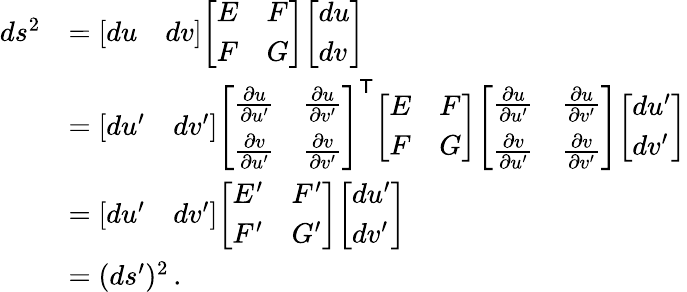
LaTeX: {\begin{array}{rl}{ds^{2}}&{={\left[\begin{array}{ll}{du}&{dv}\end{array}\right]}{\left[\begin{array}{ll}{E}&{F}\\ {F}&{G}\end{array}\right]}{\left[\begin{array}{l}{du}\\ {dv}\end{array}\right]}}\\ &{={\left[\begin{array}{ll}{du^{\prime}}&{dv^{\prime}}\end{array}\right]}{\left[\begin{array}{ll}{{\frac{\partial u}{\partial u^{\prime}}}}&{{\frac{\partial u}{\partial v^{\prime}}}}\\ {{\frac{\partial v}{\partial u^{\prime}}}}&{{\frac{\partial v}{\partial v^{\prime}}}}\end{array}\right]}^{\mathsf{T}}{\left[\begin{array}{ll}{E}&{F}\\ {F}&{G}\end{array}\right]}{\left[\begin{array}{ll}{{\frac{\partial u}{\partial u^{\prime}}}}&{{\frac{\partial u}{\partial v^{\prime}}}}\\ {{\frac{\partial v}{\partial u^{\prime}}}}&{{\frac{\partial v}{\partial v^{\prime}}}}\end{array}\right]}{\left[\begin{array}{l}{du^{\prime}}\\ {dv^{\prime}}\end{array}\right]}}\\ &{={\left[\begin{array}{ll}{du^{\prime}}&{dv^{\prime}}\end{array}\right]}{\left[\begin{array}{ll}{E^{\prime}}&{F^{\prime}}\\ {F^{\prime}}&{G^{\prime}}\end{array}\right]}{\left[\begin{array}{l}{du^{\prime}}\\ {dv^{\prime}}\end{array}\right]}}\\ &{=(ds^{\prime})^{2}\, .}\end{array}}